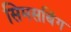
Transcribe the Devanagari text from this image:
सिमसबिंग